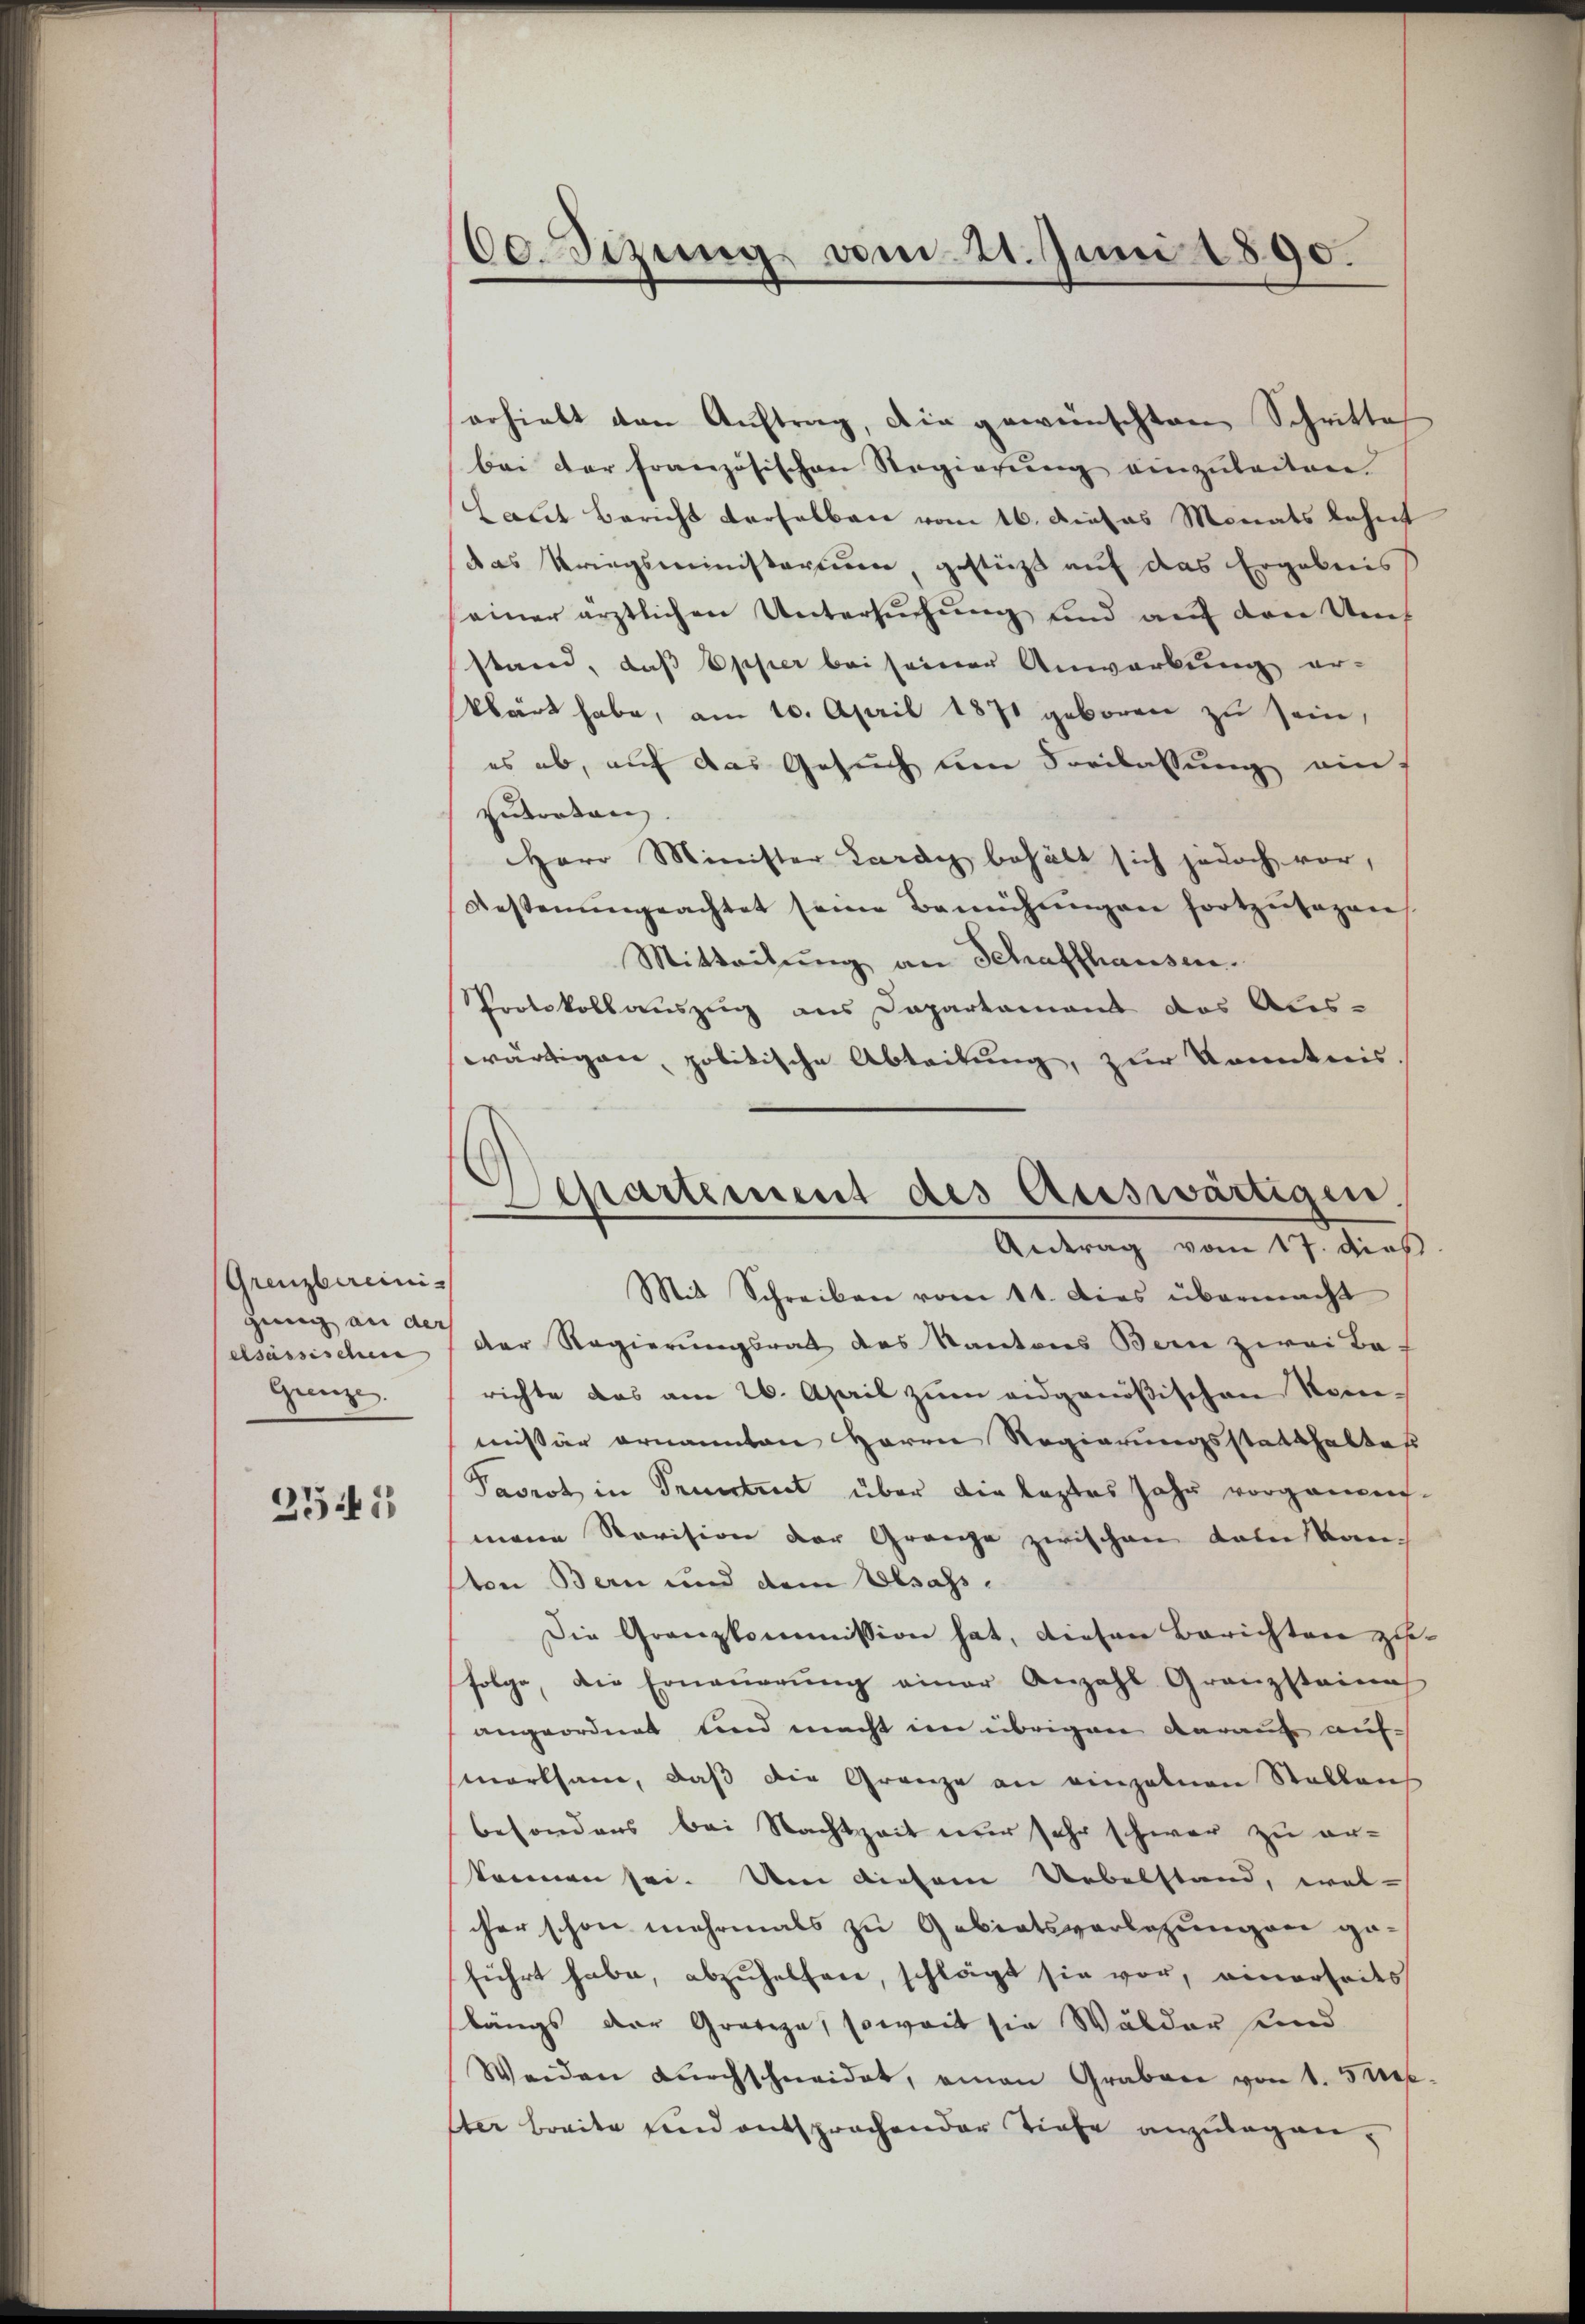
Grenzbereinigung an der
elsassischen |
Grenze.

2541

60. Sizung vom 21. Juni 1890.

Separtement des Auswärtigen.
Antrag vom 17. dies
Mit Schreiben vom 11. Dies übermacht

erhielt den Aŭftrag, die gewünschten Schritte
bei der französischen Regierung einzuleiten.
Laut Bericht derselben vom 16. dieses Monats lehnt
das Kriegsministerium gestützt auf das Ergebnis
seiner ärztlichen Untersuchung und auf den Umstand, daß Opper bei seiner Anwarkung er-
klärt habe, am 10. April 1871 geboren zu sein,
es ab, auf das Gesuch um Soeilassung ein
Endraten.
Herr Minister Lardy behält sich jedoch vor,
Resteringeachtet seine Bemühŭngen fortzŭsazen
Mitteilung an Schaffhausen.
Protokollauszug aus Dapartament das Aus-
wärtigen, politische Ableitung, zur Kenntnis.
der Regierungsrath des Kantons Bern zwei Barichte das am 26. April zum eidgenößischen Kommissär ernannten Herrn Regierungsstatthaltes
Pavrot in Truntrut über die leztes Jahr vorganen-
mene Revision der Grenze zwischen dann kan
ton Bern und dem Elsass.
Die Granzkommission hat, diesen Berichten zufolge, die Erneŭerŭng einer Anzahl Granzsteina
angeordnet und macht im übrigen darauf aufmorksam, daß die Gränze an einzelnen Stallaus
besonders bei Nachtzeit nur sehr schwer zu erkönnen sei. Um diesem Uebelstand, wel-
cher schon mehrmals zu Gebietsvorlesungen ge-
führt habe, abzuhelfen, schlägt sie vor, einerseits
längs der Gratze, soweit sie Wälder und
Weiden dŭrchschneidet, einen Graben von 1. Sep.
ster breite und entsprochender Tiefe anzulegen¬